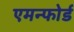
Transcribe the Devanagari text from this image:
एमन्फोर्ड